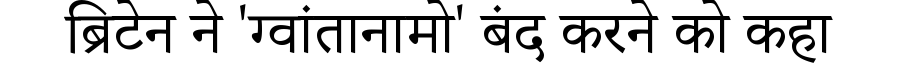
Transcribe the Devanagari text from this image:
ब्रिटेन ने 'ग्वांतानामो' बंद करने को कहा